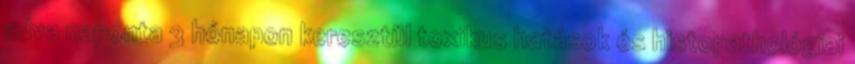
adva naponta 3 hónapon keresztül toxikus hatások és histopathológiai